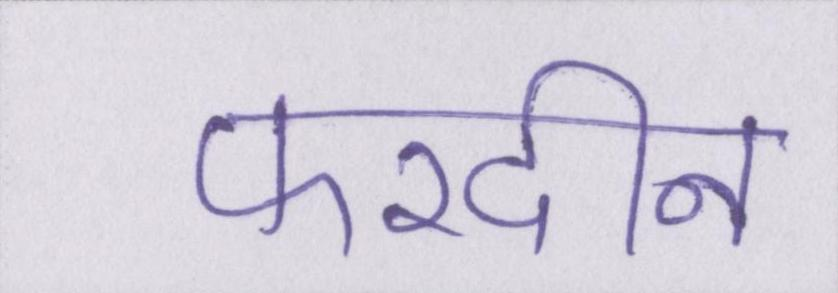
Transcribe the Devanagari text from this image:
फरदीन